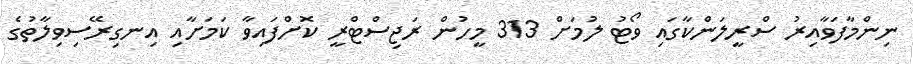
ނިންމާފަވާއިރު ސްރީލަންކާގައި ވޯޓު ލުމަށް 313 މީހުން ރަޖިސްޓްރީ ކޮށްފައިވާ ކަމަށާއި އިނގިރޭސިވިލާތުގެ